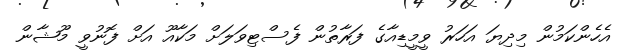
އެހެންކަމުން މިދިޔަ އަހަރު ވީމީޑިއާގެ ފަރާތުން ފެސްޓިވަލަށް މަކާއޫ އަށް ފޮނުވީ މޫޝާން